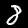
Digit: 8